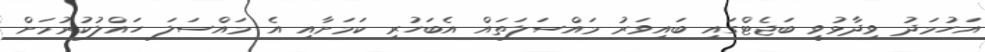
އަހުމަދު ވިދާޅުވީ ބަޖެޓްގައި ބައިވަރު މައްސަލަތައް އެބަހުރި ކަމަށާއި އެ މައްސަލަ ހައްލުކުރުމަށް